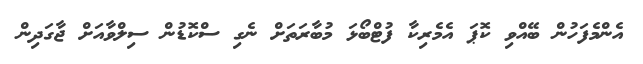
އެންމެފަހުން ބޭއްވި ކޮޕަ އެމެރިކާ ފުޓްބޯޅަ މުބާރަތަށް ނެގި ސްކޮޑުން ސިލްވާއަށް ޖާގަދިން